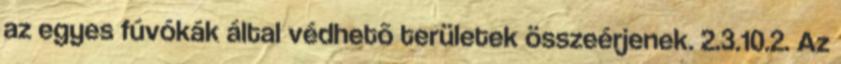
az egyes fúvókák által védhetõ területek összeérjenek. 2.3.10.2. Az